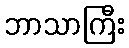
ဘာသာကြီး